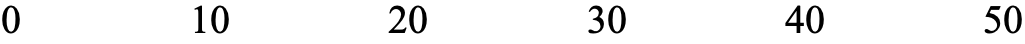
0     10     20     30    40     50